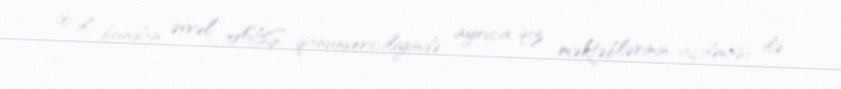
10 il bundan əvvəl ABŞ qanunvericiliyində ayrıca qız məktəblərinin açılması ilə